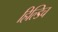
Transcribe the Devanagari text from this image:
हिल्डिच